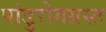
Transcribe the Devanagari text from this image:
पांडुरोगग्रस्त